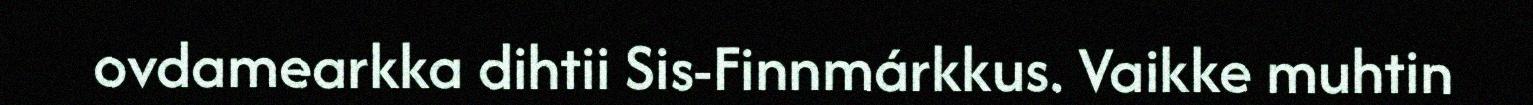
ovdamearkka dihtii Sis-Finnmárkkus. Vaikke muhtin